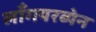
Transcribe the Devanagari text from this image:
लाँगयरब्येन